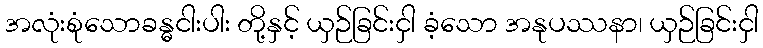
အလုံးစုံသောခန္ဓငါးပါး တို့နှင့် ယှဉ်ခြင်းငှါ ခံ့သော အနုပဿနာ၊ ယှဉ်ခြင်းငှါ